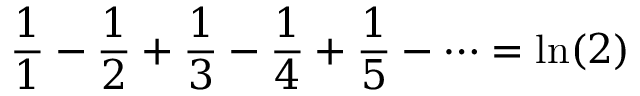
{ \frac { 1 } { 1 } } - { \frac { 1 } { 2 } } + { \frac { 1 } { 3 } } - { \frac { 1 } { 4 } } + { \frac { 1 } { 5 } } - \cdots = \ln ( 2 )